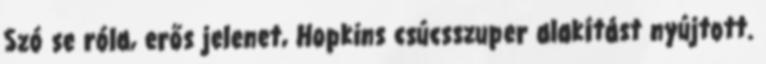
Szó se róla, erős jelenet, Hopkins csúcsszuper alakítást nyújtott.